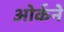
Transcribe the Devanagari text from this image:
ओर्कने